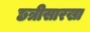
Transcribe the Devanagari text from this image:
छत्रीसारखा